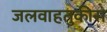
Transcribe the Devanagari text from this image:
जलवाहतुकीस